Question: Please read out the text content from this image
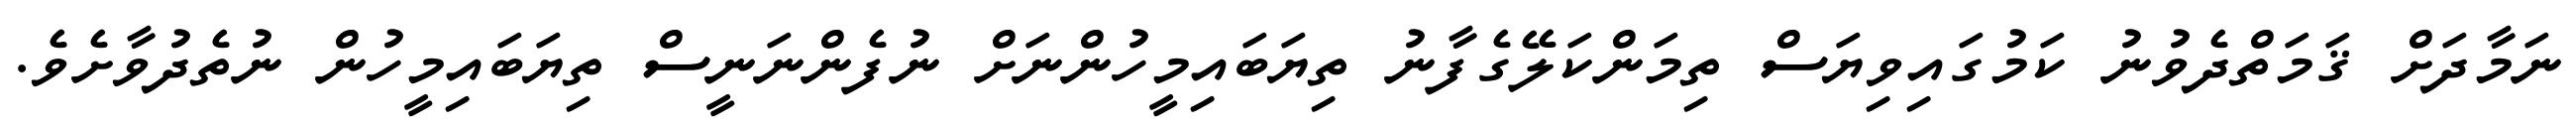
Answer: ނަމާދަށް ޤަމަތްދެވުނު ކަމުގައިވިޔަސް ތިމަންކަލޭގެފާނު ތިޔަބައިމީހުންނަށް ނުފެންނަނީސް ތިޔަބައިމީހުން ނުތެދުވާށެވެ.